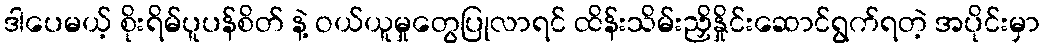
ဒါပေမယ့် စိုးရိမ်ပူပန်စိတ် နဲ့ ဝယ်ယူမှုတွေပြုလာရင် ထိန်းသိမ်းညှိနှိုင်းဆောင်ရွက်ရတဲ့ အပိုင်းမှာ